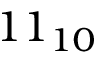
1 1 _ { 1 0 }